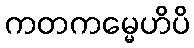
ကတကမ္မေဟိပိ